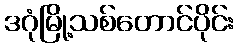
ဒဂုံမြို့သစ်တောင်ပိုင်း